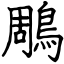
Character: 鵰